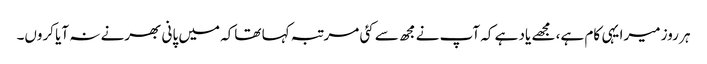
ہر روز میرا یہی کام ہے، مجھے یاد ہے کہ آپ نے مجھ سے کئی مرتبہ کہا تھاکہ میں پانی بھرنے نہ آیا کروں۔